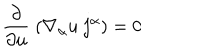
LaTeX: \frac { \partial } { \partial u } \; ( \nabla _ { \alpha } u \; { \bf j ^ { \alpha } } ) = 0